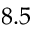
8 . 5